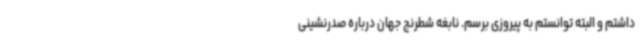
داشتم و البته توانستم به پیروزی برسم. نابغه شطرنج جهان درباره صدرنشینی